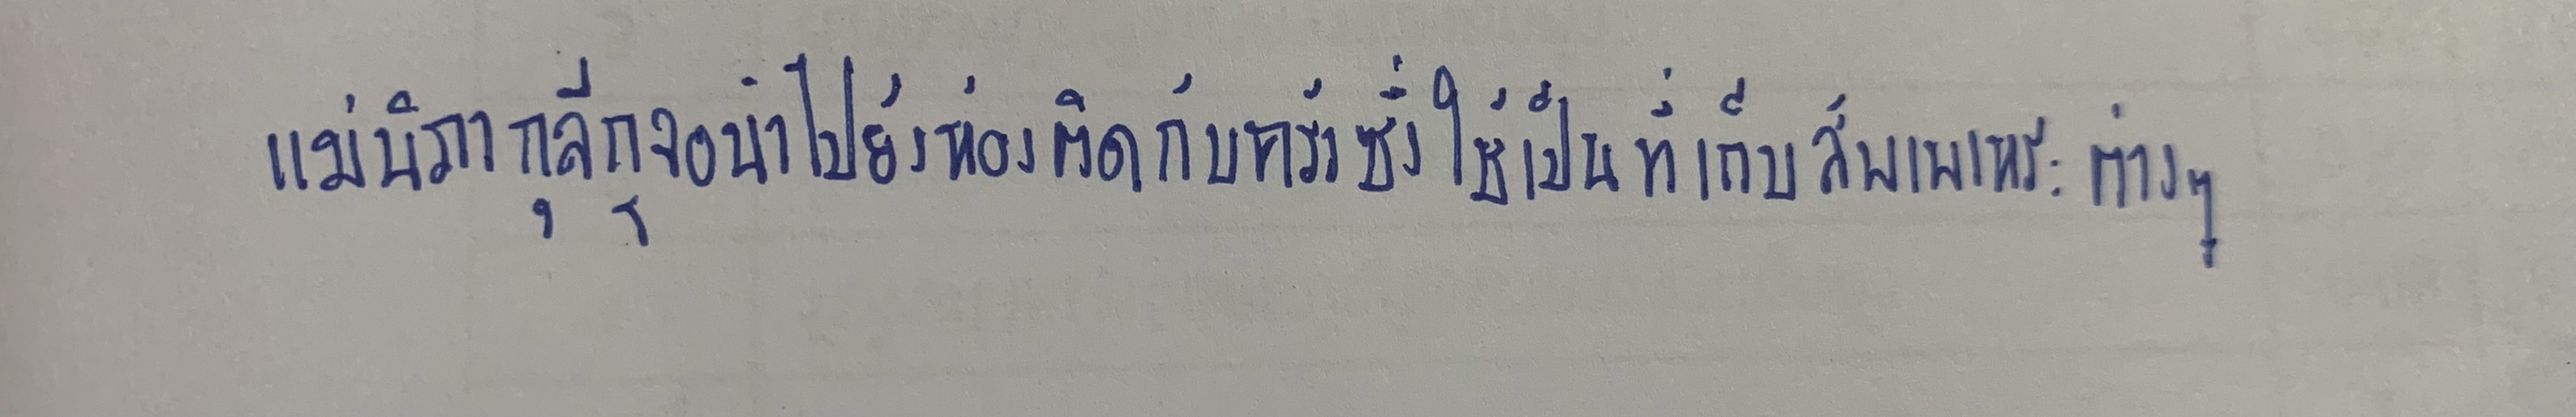
แม่นิภากุลีกุจอนำไปยังห้องติดกับครัวซึ่งใช้เป็นที่เก็บสัพเพเหระต่างๆ